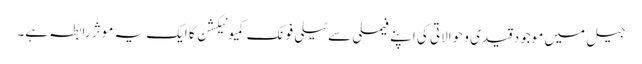
جیل میں موجود قیدی و حوالاتی کی اپنے فیملی سے ٹیلی فونک کمیونیکشن کا ایک یہ موثر رابطہ ہے۔